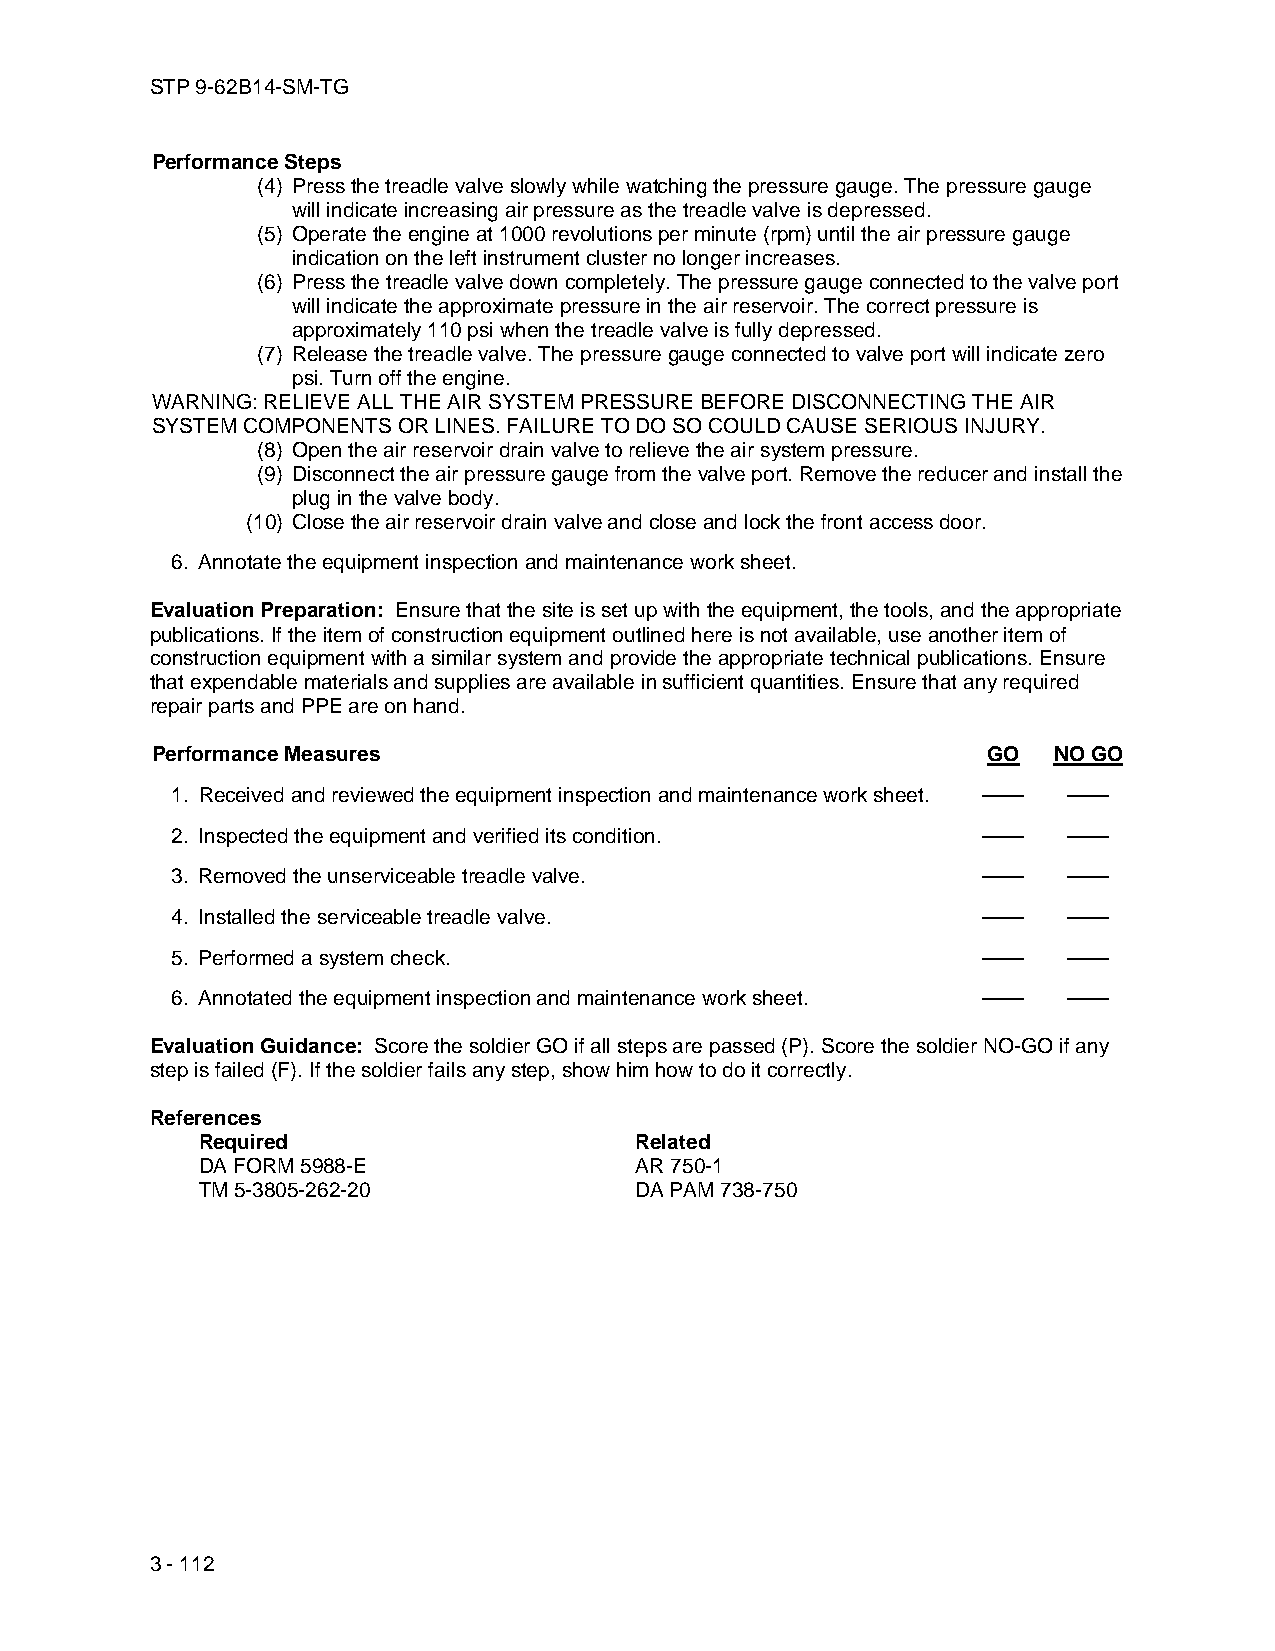
STP 9-62B14-SM-TG
 Performance Steps
 (4) Press the treadle valve slowly while watching the pressure gauge. The pressure gauge
 will indicate increasing air pressure as the treadle valve is depressed.
 (5) Operate the engine at 1000 revolutions per minute (rpm) until the air pressure gauge
 indication on the left instrument cluster no longer increases.
 (6) Press the treadle valve down completely. The pressure gauge connected to the valve port
 will indicate the approximate pressure in the air reservoir. The correct pressure is
 approximately 110 psi when the treadle valve is fully depressed.
 (7) Release the treadle valve. The pressure gauge connected to valve port will indicate zero
 psi. Turn off the engine.
 WARNING: RELIEVE ALL THE AIR SYSTEM PRESSURE BEFORE DISCONNECTING THE AIR
 SYSTEM COMPONENTS OR LINES. FAILURE TO DO SO COULD CAUSE SERIOUS INJURY.
 (8) Open the air reservoir drain valve to relieve the air system pressure.
 (9) Disconnect the air pressure gauge from the valve port. Remove the reducer and install the
 plug in the valve body.
 (10) Close the air reservoir drain valve and close and lock the front access door.
 6. Annotate the equipment inspection and maintenance work sheet.
 Evaluation Preparation: Ensure that the site is set up with the equipment, the tools, and the appropriate
 publications. If the item of construction equipment outlined here is not available, use another item of
 construction equipment with a similar system and provide the appropriate technical publications. Ensure
 that expendable materials and supplies are available in sufficient quantities. Ensure that any required
 repair parts and PPE are on hand.
 Performance Measures                                   GO   NO GO
 1. Received and reviewed the equipment inspection and maintenance work sheet. —— ——
 2. Inspected the equipment and verified its condition. ——   ——
 3. Removed the unserviceable treadle valve.           ——    ——
 4. Installed the serviceable treadle valve.           ——    ——
 5. Performed a system check.                          ——    ——
 6. Annotated the equipment inspection and maintenance work sheet. —— ——
 Evaluation Guidance: Score the soldier GO if all steps are passed (P). Score the soldier NO-GO if any
 step is failed (F). If the soldier fails any step, show him how to do it correctly.
 References
 Required                     Related
 DA FORM 5988-E               AR 750-1
 TM 5-3805-262-20             DA PAM 738-750
 3 - 112